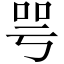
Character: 咢